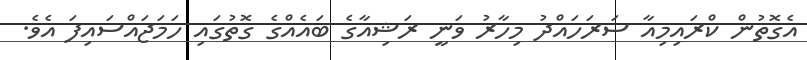
އެގޮތުން ކްރައިމިއާ ސަރަހައްދު މިހާރު ވަނީ ރަޝިއާގެ ބައެއްގެ ގޮތުގައި ހަމަޖައްސައިފަ އެވެ.